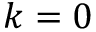
k = 0